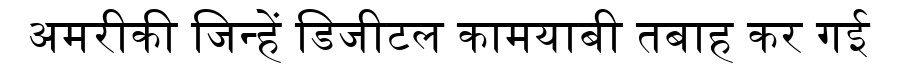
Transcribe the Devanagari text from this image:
अमरीकी जिन्हें डिजीटल कामयाबी तबाह कर गई